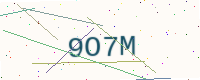
Text: 9O7M